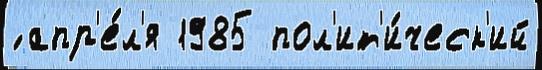
́ апр'е́л'я 1985 пол'ит'и́ческ'ий